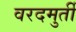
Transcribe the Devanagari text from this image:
वरदमुर्ती